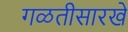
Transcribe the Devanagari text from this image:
गळतीसारखे